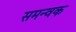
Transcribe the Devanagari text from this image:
समन्वक